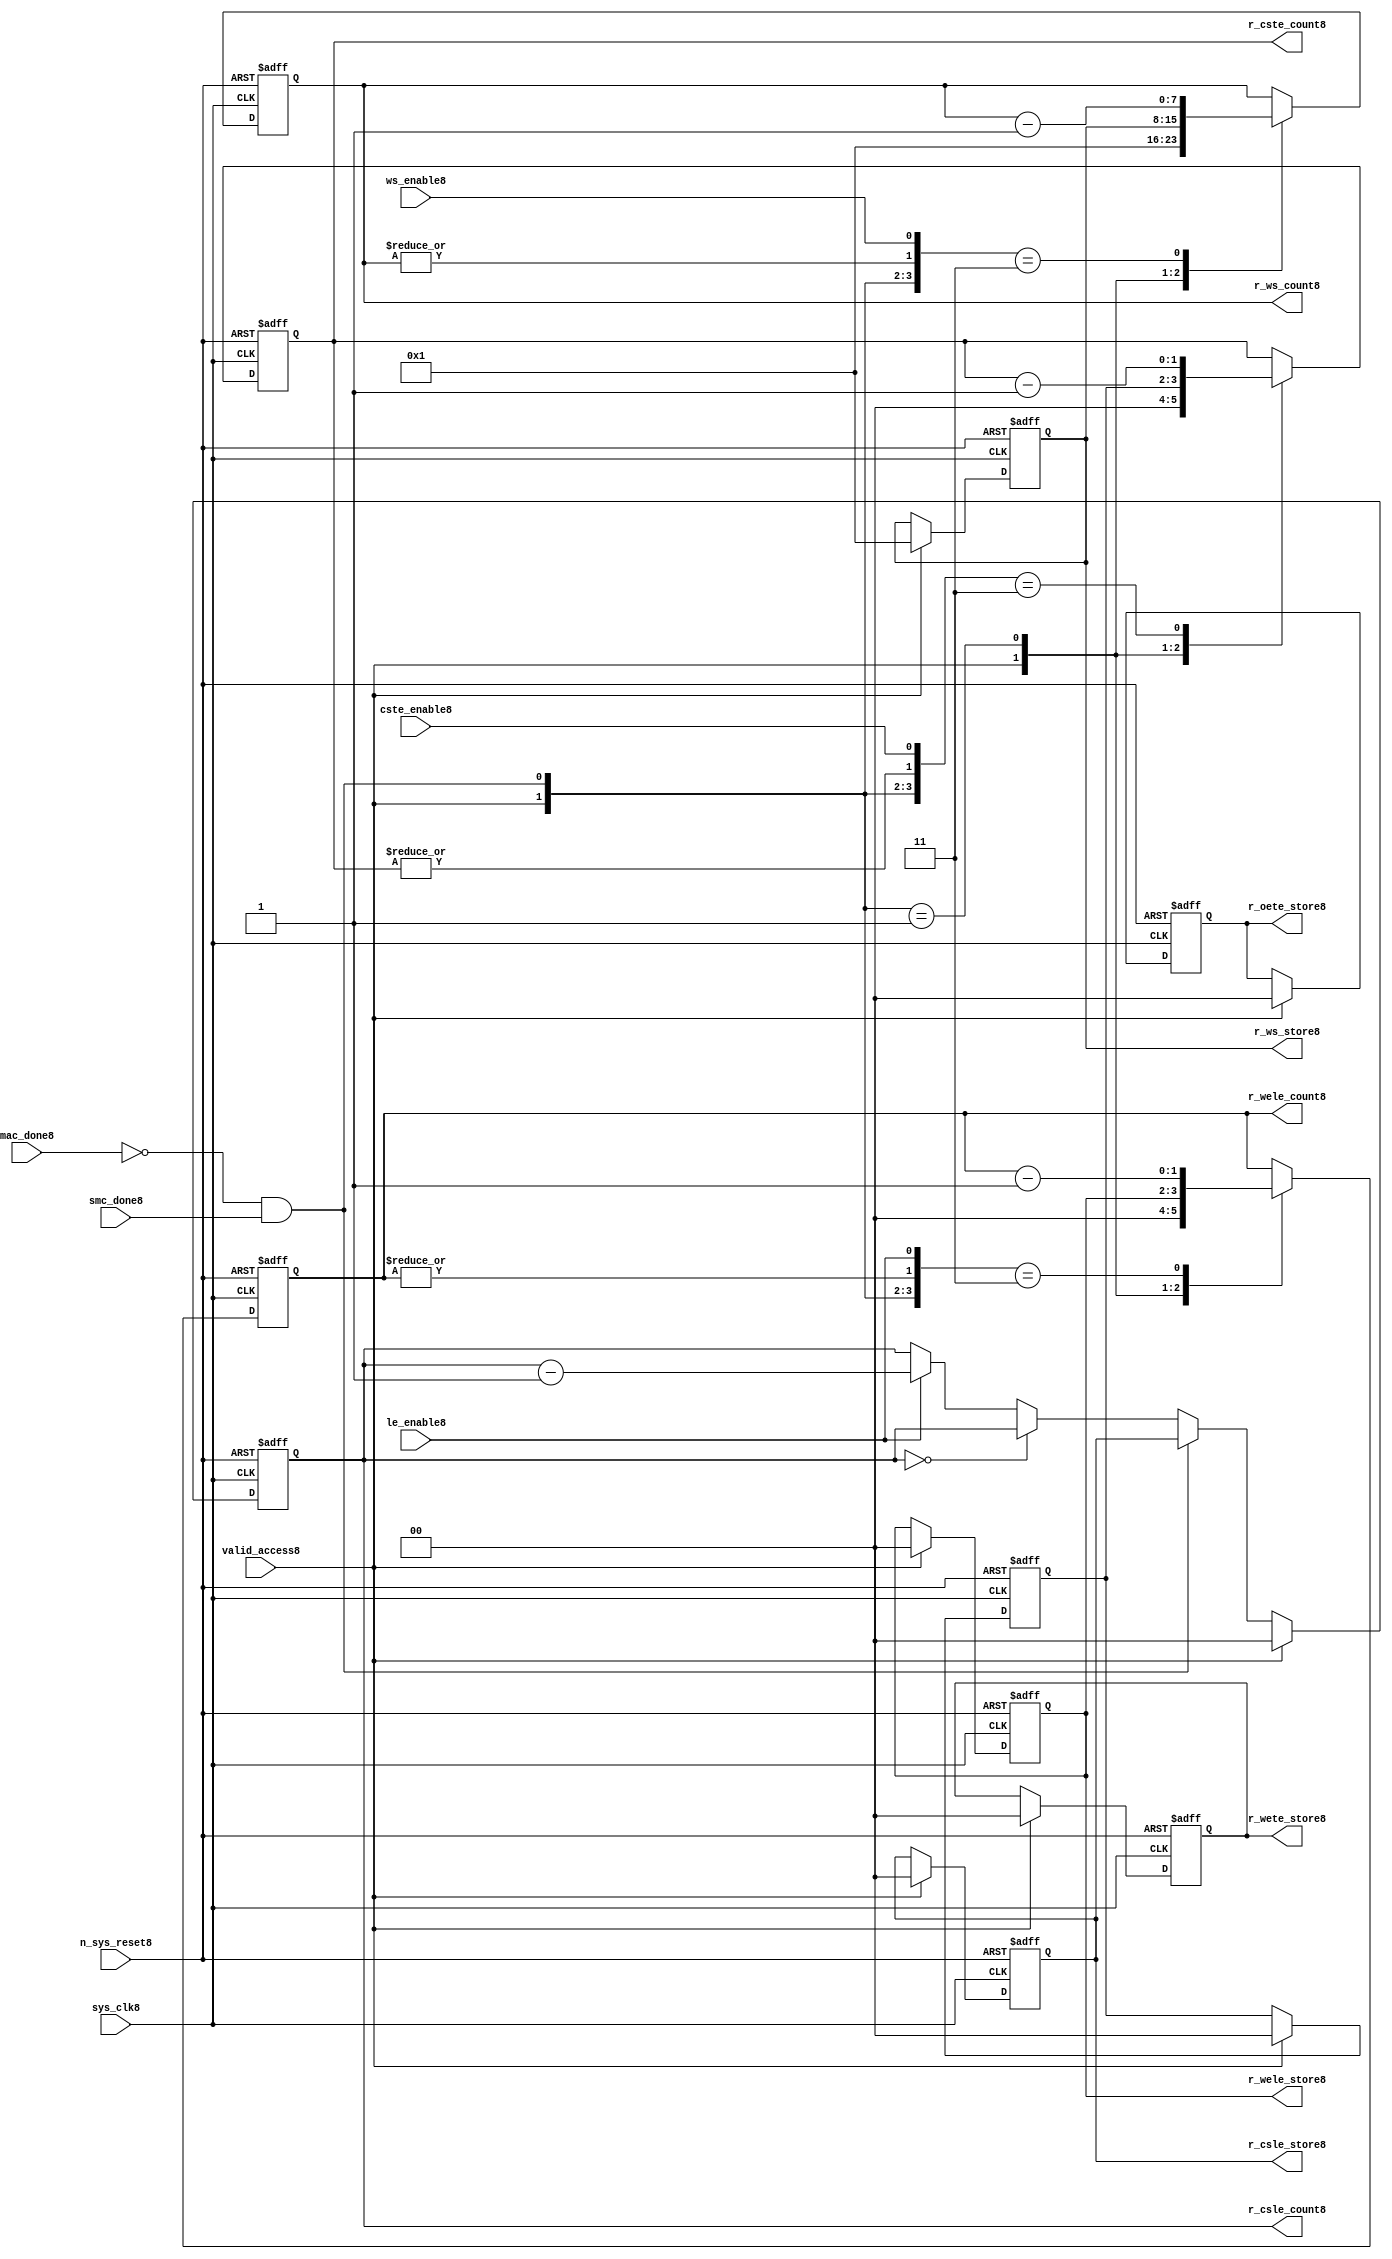
//File8 name   : smc_counter_lite8.v
//Title8       : 
//Created8     : 1999
//Description8 : Counter8 block.
//            : Static8 Memory Controller8.
//            : The counter block provides8 generates8 all cycle timings8
//            : The leading8 edge counts8 are individual8 2bit, loadable8,
//            : counters8. The wait state counter is a count down
//            : counter with a maximum size of 5 bits. The trailing8
//            : edge counts8 are registered for comparison8 with the
//            : wait state counter. The bus float8 (CSTE8) is a
//            : separate8 2bit counter. The initial count values are
//            : stored8 and reloaded8 into the counters8 if multiple
//            : accesses are required8.
//Notes8       : 
//----------------------------------------------------------------------
//   Copyright8 1999-2010 Cadence8 Design8 Systems8, Inc8.
//   All Rights8 Reserved8 Worldwide8
//
//   Licensed8 under the Apache8 License8, Version8 2.0 (the
//   "License8"); you may not use this file except8 in
//   compliance8 with the License8.  You may obtain8 a copy of
//   the License8 at
//
//       http8://www8.apache8.org8/licenses8/LICENSE8-2.0
//
//   Unless8 required8 by applicable8 law8 or agreed8 to in
//   writing, software8 distributed8 under the License8 is
//   distributed8 on an "AS8 IS8" BASIS8, WITHOUT8 WARRANTIES8 OR8
//   CONDITIONS8 OF8 ANY8 KIND8, either8 express8 or implied8.  See
//   the License8 for the specific8 language8 governing8
//   permissions8 and limitations8 under the License8.
//----------------------------------------------------------------------


module smc_counter_lite8  (
                     //inputs8

                     sys_clk8,
                     n_sys_reset8,
                     valid_access8,
                     mac_done8, 
                     smc_done8, 
                     cste_enable8, 
                     ws_enable8,
                     le_enable8, 

                     //outputs8

                     r_csle_count8,
                     r_wele_count8,
                     r_ws_count8,
                     r_ws_store8,
                     r_oete_store8,
                     r_wete_store8,
                     r_wele_store8,
                     r_cste_count8,
                     r_csle_store8);
   

//----------------------------------------------------------------------
// the Wait8 State8 Counter8
//----------------------------------------------------------------------
   
   
   // I8/O8
   
   input     sys_clk8;                  // AHB8 System8 clock8
   input     n_sys_reset8;              // AHB8 System8 reset (Active8 LOW8)
   
   input     valid_access8;             // load8 values are valid if high8
   input     mac_done8;                 // All cycles8 in a multiple access

   //  completed
   
   input                 smc_done8;   // one access completed
   input                 cste_enable8;// Enable8 CS8 Trailing8 Edge8 counter
   input                 ws_enable8;  // Enable8 Wait8 State8 counter
   input                 le_enable8;  // Enable8 all Leading8 Edge8 counters8
   
   // Counter8 outputs8
   
   output [1:0]             r_csle_count8;  //chip8 select8 leading8
                                             //  edge count
   output [1:0]             r_wele_count8;  //write strobe8 leading8 
                                             // edge count
   output [7:0] r_ws_count8;    //wait state count
   output [1:0]             r_cste_count8;  //chip8 select8 trailing8 
                                             // edge count
   
   // Stored8 counts8 for MAC8
   
   output [1:0]             r_oete_store8;  //read strobe8
   output [1:0]             r_wete_store8;  //write strobe8 trailing8 
                                              // edge store8
   output [7:0] r_ws_store8;    //wait state store8
   output [1:0]             r_wele_store8;  //write strobe8 leading8
                                             //  edge store8
   output [1:0]             r_csle_store8;  //chip8 select8  leading8
                                             //  edge store8
   
   
   // Counters8
   
   reg [1:0]             r_csle_count8;  // Chip8 select8 LE8 counter
   reg [1:0]             r_wele_count8;  // Write counter
   reg [7:0] r_ws_count8;    // Wait8 state select8 counter
   reg [1:0]             r_cste_count8;  // Chip8 select8 TE8 counter
   
   
   // These8 strobes8 finish early8 so no counter is required8. 
   // The stored8 value is compared with WS8 counter to determine8 
   // when the strobe8 should end.

   reg [1:0]    r_wete_store8;    // Write strobe8 TE8 end time before CS8
   reg [1:0]    r_oete_store8;    // Read strobe8 TE8 end time before CS8
   
   
   // The following8 four8 regisrers8 are used to store8 the configuration
   // during mulitple8 accesses. The counters8 are reloaded8 from these8
   // registers before each cycle.
   
   reg [1:0]             r_csle_store8;    // Chip8 select8 LE8 store8
   reg [1:0]             r_wele_store8;    // Write strobe8 LE8 store8
   reg [7:0] r_ws_store8;      // Wait8 state store8
   reg [1:0]             r_cste_store8;    // Chip8 Select8 TE8 delay
                                          //  (Bus8 float8 time)

   // wires8 used for meeting8 coding8 standards8
   
   wire         ws_count8;      //ORed8 r_ws_count8
   wire         wele_count8;    //ORed8 r_wele_count8
   wire         cste_count8;    //ORed8 r_cste_count8
   wire         mac_smc_done8;  //ANDed8 smc_done8 and not(mac_done8)
   wire [4:0]   case_cste8;     //concatenated8 signals8 for case statement8
   wire [4:0]   case_wele8;     //concatenated8 signals8 for case statement8
   wire [4:0]   case_ws8;       //concatenated8 signals8 for case statement8
   
   
   
   // Main8 Code8
   
//----------------------------------------------------------------------
// Counters8 (& Count8 Store8 for MAC8)
//----------------------------------------------------------------------


//----------------------------------------------------------------------
// WETE8 Store8
//----------------------------------------------------------------------

always @(posedge sys_clk8 or negedge n_sys_reset8)

begin   

   if (~(n_sys_reset8))
     
      r_wete_store8 <= 2'b00;
   
   
   else if (valid_access8)
     
      r_wete_store8 <= 2'b0;
   
   else
     
      r_wete_store8 <= r_wete_store8;

end
   
//----------------------------------------------------------------------
// OETE8 Store8
//----------------------------------------------------------------------

always @(posedge sys_clk8 or negedge n_sys_reset8)

begin   

   if (~(n_sys_reset8))
     
      r_oete_store8 <= 2'b00;
   
   
   else if (valid_access8)
     
      r_oete_store8 <= 2'b0;
   
   else

      r_oete_store8 <= r_oete_store8;

end
   
//----------------------------------------------------------------------
// CSLE8 Store8
//----------------------------------------------------------------------

always @(posedge sys_clk8 or negedge n_sys_reset8)

begin   

   if (~(n_sys_reset8))
     
      r_csle_store8 <= 2'b00;
   
   
   else if (valid_access8)
     
      r_csle_store8 <= 2'b00;
   
   else
     
      r_csle_store8 <= r_csle_store8;

end
   
//----------------------------------------------------------------------
// CSLE8 Counter8
//----------------------------------------------------------------------

always @(posedge sys_clk8 or negedge n_sys_reset8)

begin   

   if (~(n_sys_reset8))
     
      r_csle_count8 <= 2'b00;
   
   
   else
   begin
        
      if (valid_access8)
        
         r_csle_count8 <= 2'b00;
      
      else if (~(mac_done8) & smc_done8)
        
         r_csle_count8 <= r_csle_store8;
      
      else if (r_csle_count8 == 2'b00)
        
         r_csle_count8 <= r_csle_count8;
      
      else if (le_enable8)               
        
         r_csle_count8 <= r_csle_count8 - 2'd1;
      
      else
        
          r_csle_count8 <= r_csle_count8;
      
     end

end
   
   
//----------------------------------------------------------------------
// CSTE8 Store8
//----------------------------------------------------------------------

always @(posedge sys_clk8 or negedge n_sys_reset8)

begin   

   if (~(n_sys_reset8))

      r_cste_store8 <= 2'b00;

   else if (valid_access8)

      r_cste_store8 <= 2'b0;

   else

      r_cste_store8 <= r_cste_store8;

end
   
   
   
//----------------------------------------------------------------------
//concatenation8 of signals8 to avoid using nested8 ifs8
//----------------------------------------------------------------------

 assign mac_smc_done8 = (~(mac_done8) & smc_done8);
 assign cste_count8   = (|r_cste_count8);           //checks8 for count = 0
 assign case_cste8   = {1'b0,valid_access8,mac_smc_done8,cste_count8,
                       cste_enable8};
   
//----------------------------------------------------------------------
//CSTE8 COUNTER8
//----------------------------------------------------------------------

always @(posedge sys_clk8 or negedge n_sys_reset8)

begin   

   if (~(n_sys_reset8))

      r_cste_count8 <= 2'b00;

   else 
   begin
      casex(case_cste8)
           
        5'b1xxxx:        r_cste_count8 <= r_cste_count8;

        5'b01xxx:        r_cste_count8 <= 2'b0;

        5'b001xx:        r_cste_count8 <= r_cste_store8;

        5'b0000x:        r_cste_count8 <= r_cste_count8;

        5'b00011:        r_cste_count8 <= r_cste_count8 - 2'd1;

        default :        r_cste_count8 <= r_cste_count8;

      endcase // casex(w_cste_case8)
      
   end
   
end

//----------------------------------------------------------------------
// WELE8 Store8
//----------------------------------------------------------------------

always @(posedge sys_clk8 or negedge n_sys_reset8)

begin   

   if (~(n_sys_reset8))

      r_wele_store8 <= 2'b00;


   else if (valid_access8)

      r_wele_store8 <= 2'b00;

   else

      r_wele_store8 <= r_wele_store8;

end
   
   
   
//----------------------------------------------------------------------
//concatenation8 of signals8 to avoid using nested8 ifs8
//----------------------------------------------------------------------
   
   assign wele_count8   = (|r_wele_count8);         //checks8 for count = 0
   assign case_wele8   = {1'b0,valid_access8,mac_smc_done8,wele_count8,
                         le_enable8};
   
//----------------------------------------------------------------------
// WELE8 Counter8
//----------------------------------------------------------------------

always @(posedge sys_clk8 or negedge n_sys_reset8)

begin   
   if (~(n_sys_reset8))

      r_wele_count8 <= 2'b00;

   else
   begin

      casex(case_wele8)

        5'b1xxxx :  r_wele_count8 <= r_wele_count8;

        5'b01xxx :  r_wele_count8 <= 2'b00;

        5'b001xx :  r_wele_count8 <= r_wele_store8;

        5'b0000x :  r_wele_count8 <= r_wele_count8;

        5'b00011 :  r_wele_count8 <= r_wele_count8 - (2'd1);

        default  :  r_wele_count8 <= r_wele_count8;

      endcase // casex(case_wele8)

   end

end
   
//----------------------------------------------------------------------
// WS8 Store8
//----------------------------------------------------------------------

always @(posedge sys_clk8 or negedge n_sys_reset8)
  
begin   

   if (~(n_sys_reset8))

      r_ws_store8 <= 8'd0;


   else if (valid_access8)

      r_ws_store8 <= 8'h01;

   else

      r_ws_store8 <= r_ws_store8;

end
   
   
   
//----------------------------------------------------------------------
//concatenation8 of signals8 to avoid using nested8 ifs8
//----------------------------------------------------------------------
   
   assign ws_count8   = (|r_ws_count8); //checks8 for count = 0
   assign case_ws8   = {1'b0,valid_access8,mac_smc_done8,ws_count8,
                       ws_enable8};
   
//----------------------------------------------------------------------
// WS8 Counter8
//----------------------------------------------------------------------

always @(posedge sys_clk8 or negedge n_sys_reset8)

begin   

   if (~(n_sys_reset8))

      r_ws_count8 <= 8'd0;

   else  
   begin
   
      casex(case_ws8)
 
         5'b1xxxx :  
            r_ws_count8 <= r_ws_count8;
        
         5'b01xxx :
            r_ws_count8 <= 8'h01;
        
         5'b001xx :  
            r_ws_count8 <= r_ws_store8;
        
         5'b0000x :  
            r_ws_count8 <= r_ws_count8;
        
         5'b00011 :  
            r_ws_count8 <= r_ws_count8 - 8'd1;
        
         default  :  
            r_ws_count8 <= r_ws_count8;

      endcase // casex(case_ws8)
      
   end
   
end  
   
   
endmodule